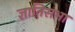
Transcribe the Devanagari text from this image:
ज्ञातिसभा